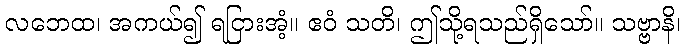
လဘေထ၊ အကယ်၍ ရငြားအံ့။ ဧဝံ သတိ၊ ဤသို့ရသည်ရှိသော်။ သဗ္ဗာနိ၊